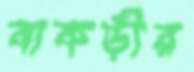
বাকড়ীর